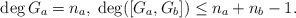
\begin{align*}\deg G_a = n_a, \; \deg([G_a, G_b]) \leq n_a + n_b - 1.\end{align*}